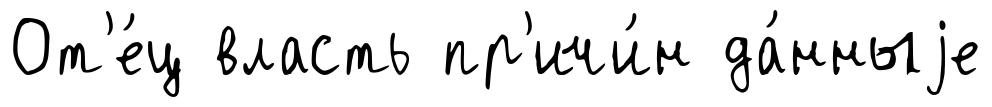
От'е́ц власть пр'ичи́н да́нныjе